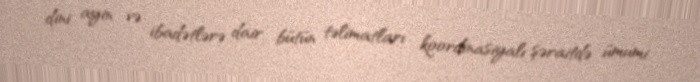
dini ayin və ibadətlərə dair bütün təlimatları koordinasiyalı şəraitdə ümumi